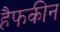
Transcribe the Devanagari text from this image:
हैफकीन